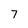
Character: 7